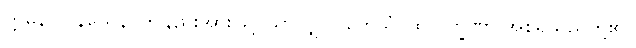
ဣမိနာဝ နယေန၊ ဤနည်းအားဖြင့် သာလျှင်။ တေသံ၊ ထိုလက္ခဏာ အစရှိသည်တို့၏။